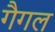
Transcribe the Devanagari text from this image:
गैगल